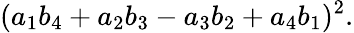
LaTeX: (a_{1}b_{4}+a_{2}b_{3}-a_{3}b_{2}+a_{4}b_{1})^{2}.